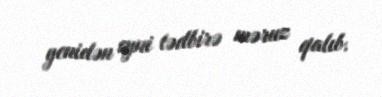
yenidən eyni tədbirə məruz qalıb.